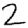
Digit: 2